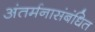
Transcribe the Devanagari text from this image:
अंतर्मनासंबंधित